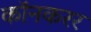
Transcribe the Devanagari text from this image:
कॉनकरर